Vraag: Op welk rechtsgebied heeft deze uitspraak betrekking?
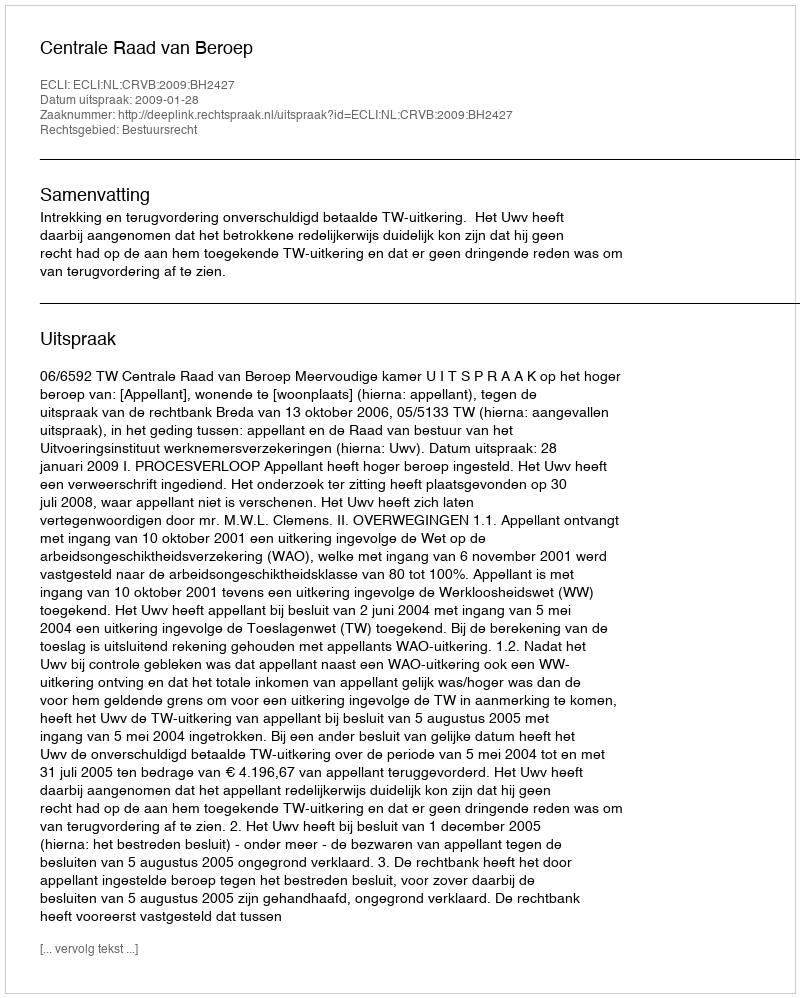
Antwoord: Bestuursrecht